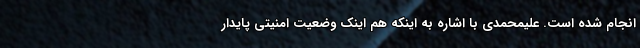
انجام شده است. علیمحمدی با اشاره به اینکه هم اینک وضعیت امنیتی پایدار